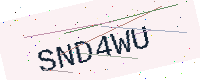
Text: SND4WU